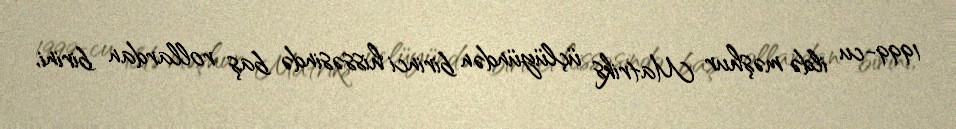
1999-cu ildə məşhur Matriks üçlüyündən birinci hissəsində baş rollardan birini,